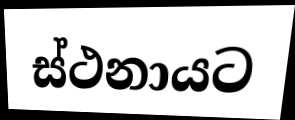
ස්ථනායට